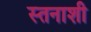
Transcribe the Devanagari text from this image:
स्तनाशी